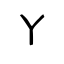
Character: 丫